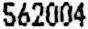
562004